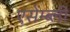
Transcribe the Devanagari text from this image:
एसेम्ब्ली